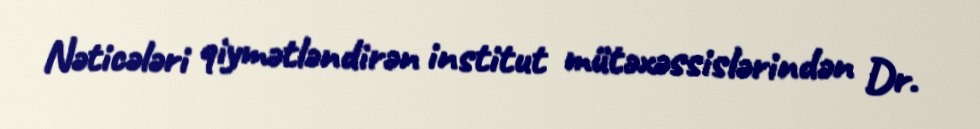
Nəticələri qiymətləndirən institut mütəxəssislərindən Dr.